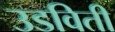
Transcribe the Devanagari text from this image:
उडविती